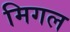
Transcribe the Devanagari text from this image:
मिगल